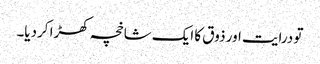
تو درایت اور ذوق کا ایک شاخچہ کھڑا کردیا۔